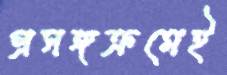
প্রসঙ্গক্রমেই